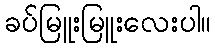
ခပ်မြူးမြူးလေးပါ။